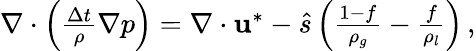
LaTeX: \begin{array}{r}{\nabla\cdot\left(\frac{\Delta t}{\rho}\nabla p\right)=\nabla\cdot\mathbf{u}^{*}-\hat{s}\left(\frac{1-f}{\rho_{g}}-\frac{f}{\rho_{l}}\right)\, ,}\end{array}